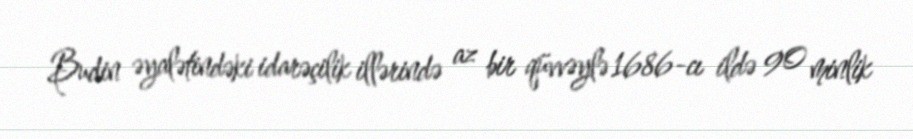
Budin əyalətindəki idarəçilik illərində az bir qüvvəylə 1686-cı ildə 90 minlik